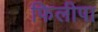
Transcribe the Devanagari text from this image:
फिलीपा